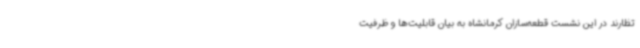
تظارند در این نشست قطعه‌سازان کرمانشاه به بیان قابلیت‌ها و ظرفیت‌